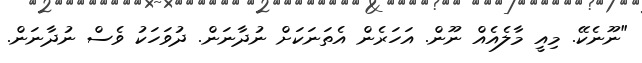
"ނޫނެކޭ. މިއީ މާލެއެއް ނޫން. އަހަރެން އެތަނަކަށް ނުދާނަން. ދުވަހަކު ވެސް ނުދާނަން.